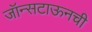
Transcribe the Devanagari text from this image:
जॉन्सटाऊनची